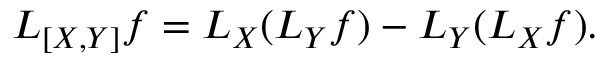
L _ { [ X , Y ] } f = L _ { X } ( L _ { Y } f ) - L _ { Y } ( L _ { X } f ) .